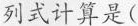
列式计算是(